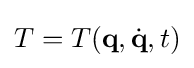
T=T(\mathbf {q} ,{\dot {\mathbf {q} }},t)